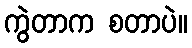
ကွဲတာက စတာပဲ။